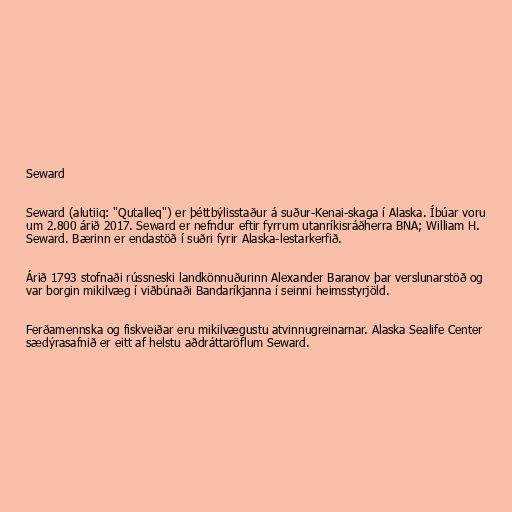
Seward

Seward (alutiiq: "Qutalleq") er þéttbýlisstaður á suður-Kenai-skaga í Alaska. Íbúar voru
um 2.800 árið 2017. Seward er nefndur eftir fyrrum utanríkisráðherra BNA; William H.
Seward. Bærinn er endastöð í suðri fyrir Alaska-lestarkerfið.

Árið 1793 stofnaði rússneski landkönnuðurinn Alexander Baranov þar verslunarstöð og
var borgin mikilvæg í viðbúnaði Bandaríkjanna í seinni heimsstyrjöld.

Ferðamennska og fiskveiðar eru mikilvægustu atvinnugreinarnar. Alaska Sealife Center
sædýrasafnið er eitt af helstu aðdráttaröflum Seward.